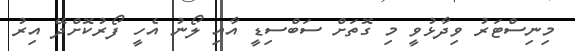
މިނިސްޓަރު ވިދާޅުވީ މި ގޮތަށް ސަބްސިޑީ އާއި ލޯނު އެހީ ފޯރުކޮށްދޭ އިރު